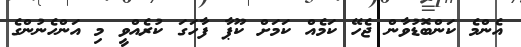
އެންމެ ކަންބޮޑުވާން ޖެހޭ ކަމެއް ކަމަށް ކޫޕާ ފާހަގަ ކުރެއްވީ މި އަންހެނުންގެ